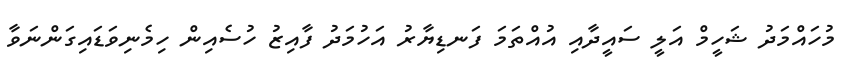
މުހައްމަދު ޝަހީމް އަލީ ސައީދާއި އުއްތަމަ ފަނޑިޔާރު އަހުމަދު ފާއިޒު ހުސެއިން ހިމެނިވަޑައިގަންނަވާ